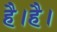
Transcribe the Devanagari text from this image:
है।है।